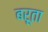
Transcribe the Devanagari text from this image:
बरूता